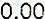
0.00